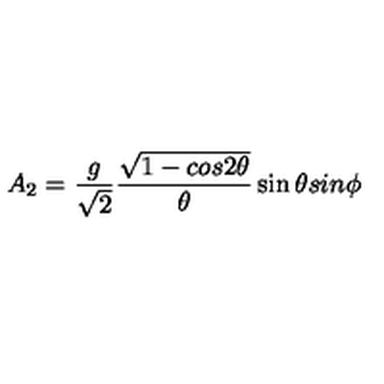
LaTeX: A _ { 2 } = \frac { g } { \sqrt 2 } \frac { \sqrt { 1 - c o s 2 { \theta } } } { { \theta } } \sin { \theta } s i n { \phi }